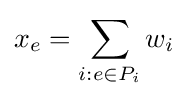
x_{e}=\sum _{i:e\in P_{i}}w_{i}